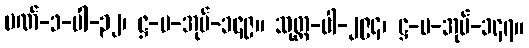
ပဏ်-၁-ပါ-၃၂၊ ဋ္ဌ-ပ-အုပ်-၁၄၉။ သုတ္တ-ပါ-၂၉၄၊ ဋ္ဌ-ပ-အုပ်-၁၄၇။